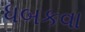
ધબકવા